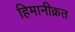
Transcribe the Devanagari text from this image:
हिमानीक्रत